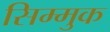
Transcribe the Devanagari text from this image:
सिम्मुक